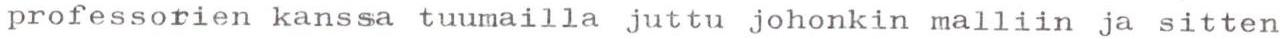
professorien kanssa tuumailla juttu johonkin malliin ja sitten